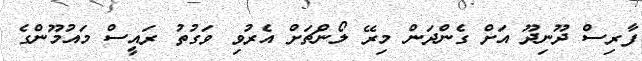
ފާރިސް ދޫނިދޫ އަށް ގެންދަން މިރޭ ލޯންޗަށް އެރުވި ވަގުތު ރައީސް މައުމޫންގެ